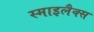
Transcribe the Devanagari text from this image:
स्माइलैक्स